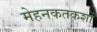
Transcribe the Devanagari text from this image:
मेहनकतकशों